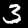
Digit: 3